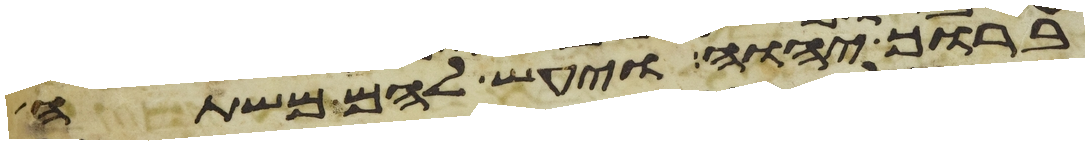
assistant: ברוך יהוה ויעש להם משתה